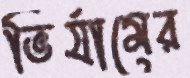
ভির্যামের